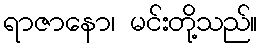
ရာဇာနော၊ မင်းတို့သည်။